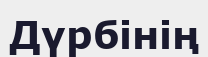
Дүрбінің